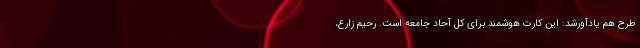
طرح هم یادآورشد: این کارت هوشمند برای کل آحاد جامعه است. رحیم زارع،